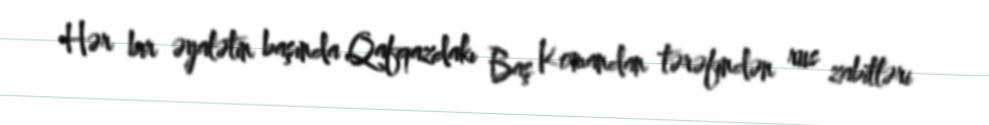
Hər bir əyalətin başında Qafqazdakı Baş Komandan tərəfindən rus zabitləri